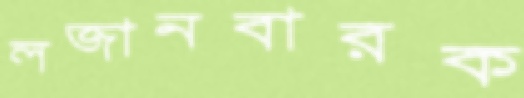
লজানবারক